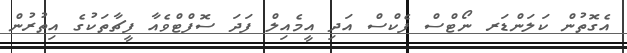
އެގޮތުން ކަލަންޑަރ ނޯޓްސް ފެކްސް އަދި އީމެއިލް ފަދަ ސޮފްޓްވެއާ ފީޗާތަކުގެ އިތުރުން